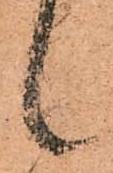
候